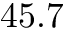
4 5 . 7